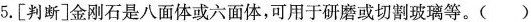
5. [判断]金刚石是八面体或六面体，可用于研磨或切割玻璃等。( )